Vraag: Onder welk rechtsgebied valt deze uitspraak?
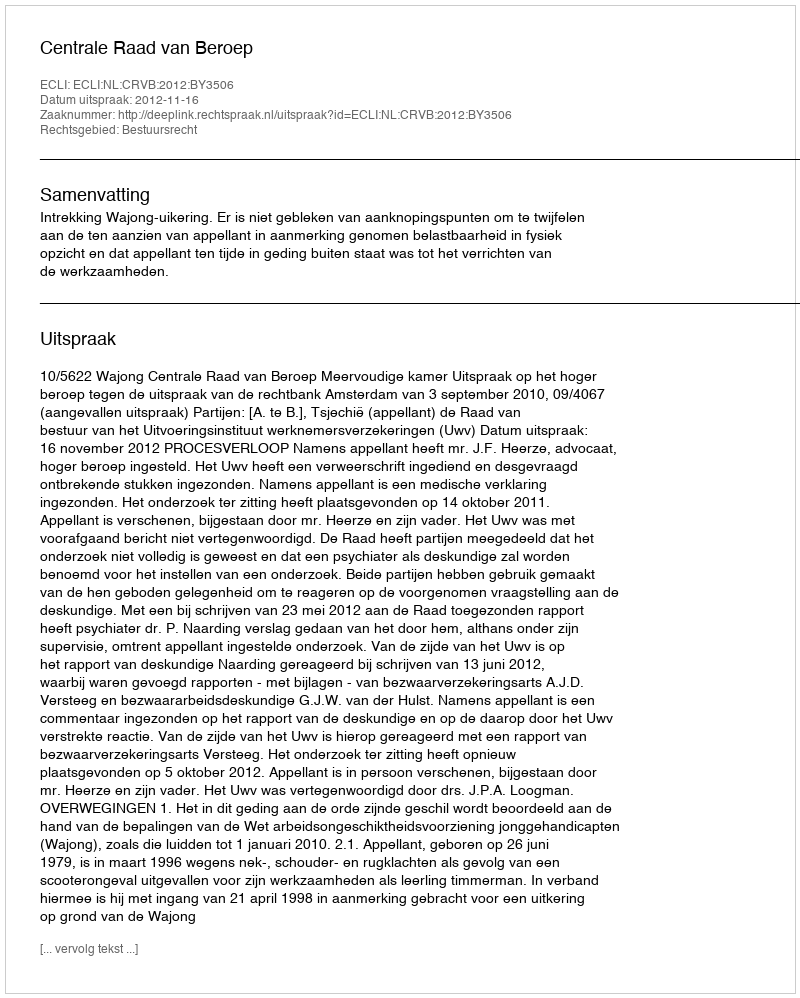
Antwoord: Bestuursrecht